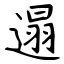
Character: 遢